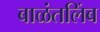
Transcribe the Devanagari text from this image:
बाळंतलिंब